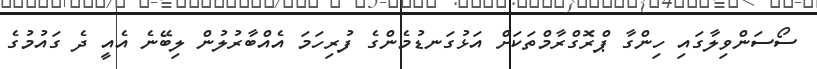
ސޯސަންވިލާގައި ހިންގާ ޕްރޮގްރާމްތަކަށް އަޅުގަނޑުމެންގެ ފުރިހަމަ އެއްބާރުލުން ލިބޭނެ އެއީ ދެ ގައުމުގެ